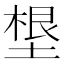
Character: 𡏒